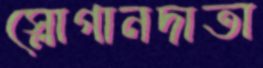
স্লোগানদাতা